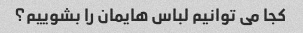
کجا می توانیم لباس هایمان را بشوییم؟